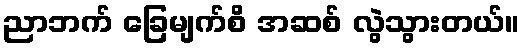
ညာဘက် ခြေမျက်စိ အဆစ် လွဲသွားတယ်။